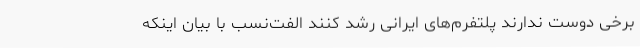
برخی دوست ندارند پلتفرم‌های ایرانی رشد کنند الفت‌نسب با بیان اینکه